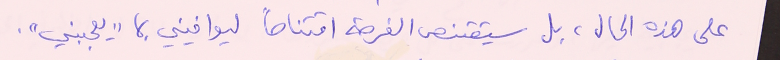
على هذه الحال، بل سيتقنص الفرصة اقتناصاً ليوافيني بما "يعجبني".